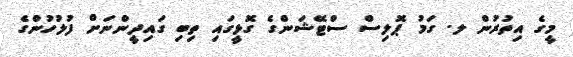
މީގެ އިތުރުން ލ. ގަމު ޕޮލިސް ސްޓޭޝަންގެ ގޮޅީގައި ތިބި ގައިދީންނަށް ފުލުހުންގެ